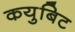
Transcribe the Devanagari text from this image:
कयुबिट